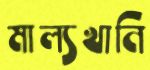
মাল্যখানি